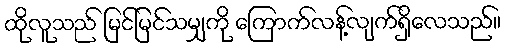
ထိုလူသည် မြင်မြင်သမျှကို ကြောက်လန့်လျက်ရှိလေသည်။